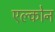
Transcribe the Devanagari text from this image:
एल्कोन